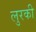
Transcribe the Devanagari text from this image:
लुरकी